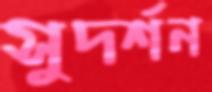
সুদর্শন